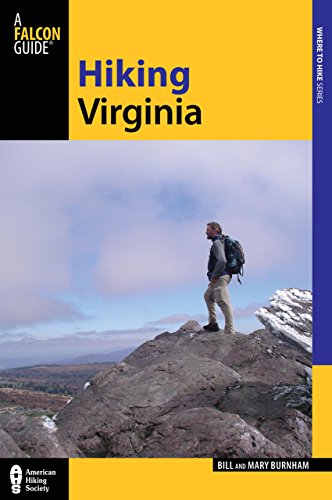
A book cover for Hiking Virginia (State Hiking Guides Series); Bill Burnham; Sports & Outdoors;